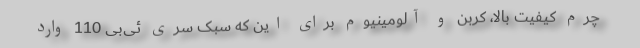
چرم کیفیت بالا، کربن و آلومینیوم برای این که سبک سری ئی‌بی 110 وارد